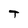
Character: T